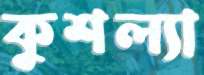
কুশল্যা